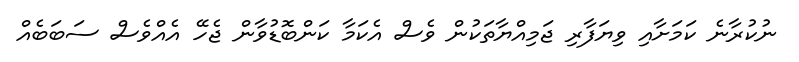
ނުކުރާނެ ކަމަށާއި ވިޔަފާރި ޖަމިއްޔާތަކުން ވެސް އެކަމާ ކަންބޮޑުވާން ޖެހޭ އެއްވެސް ސަބަބެއް